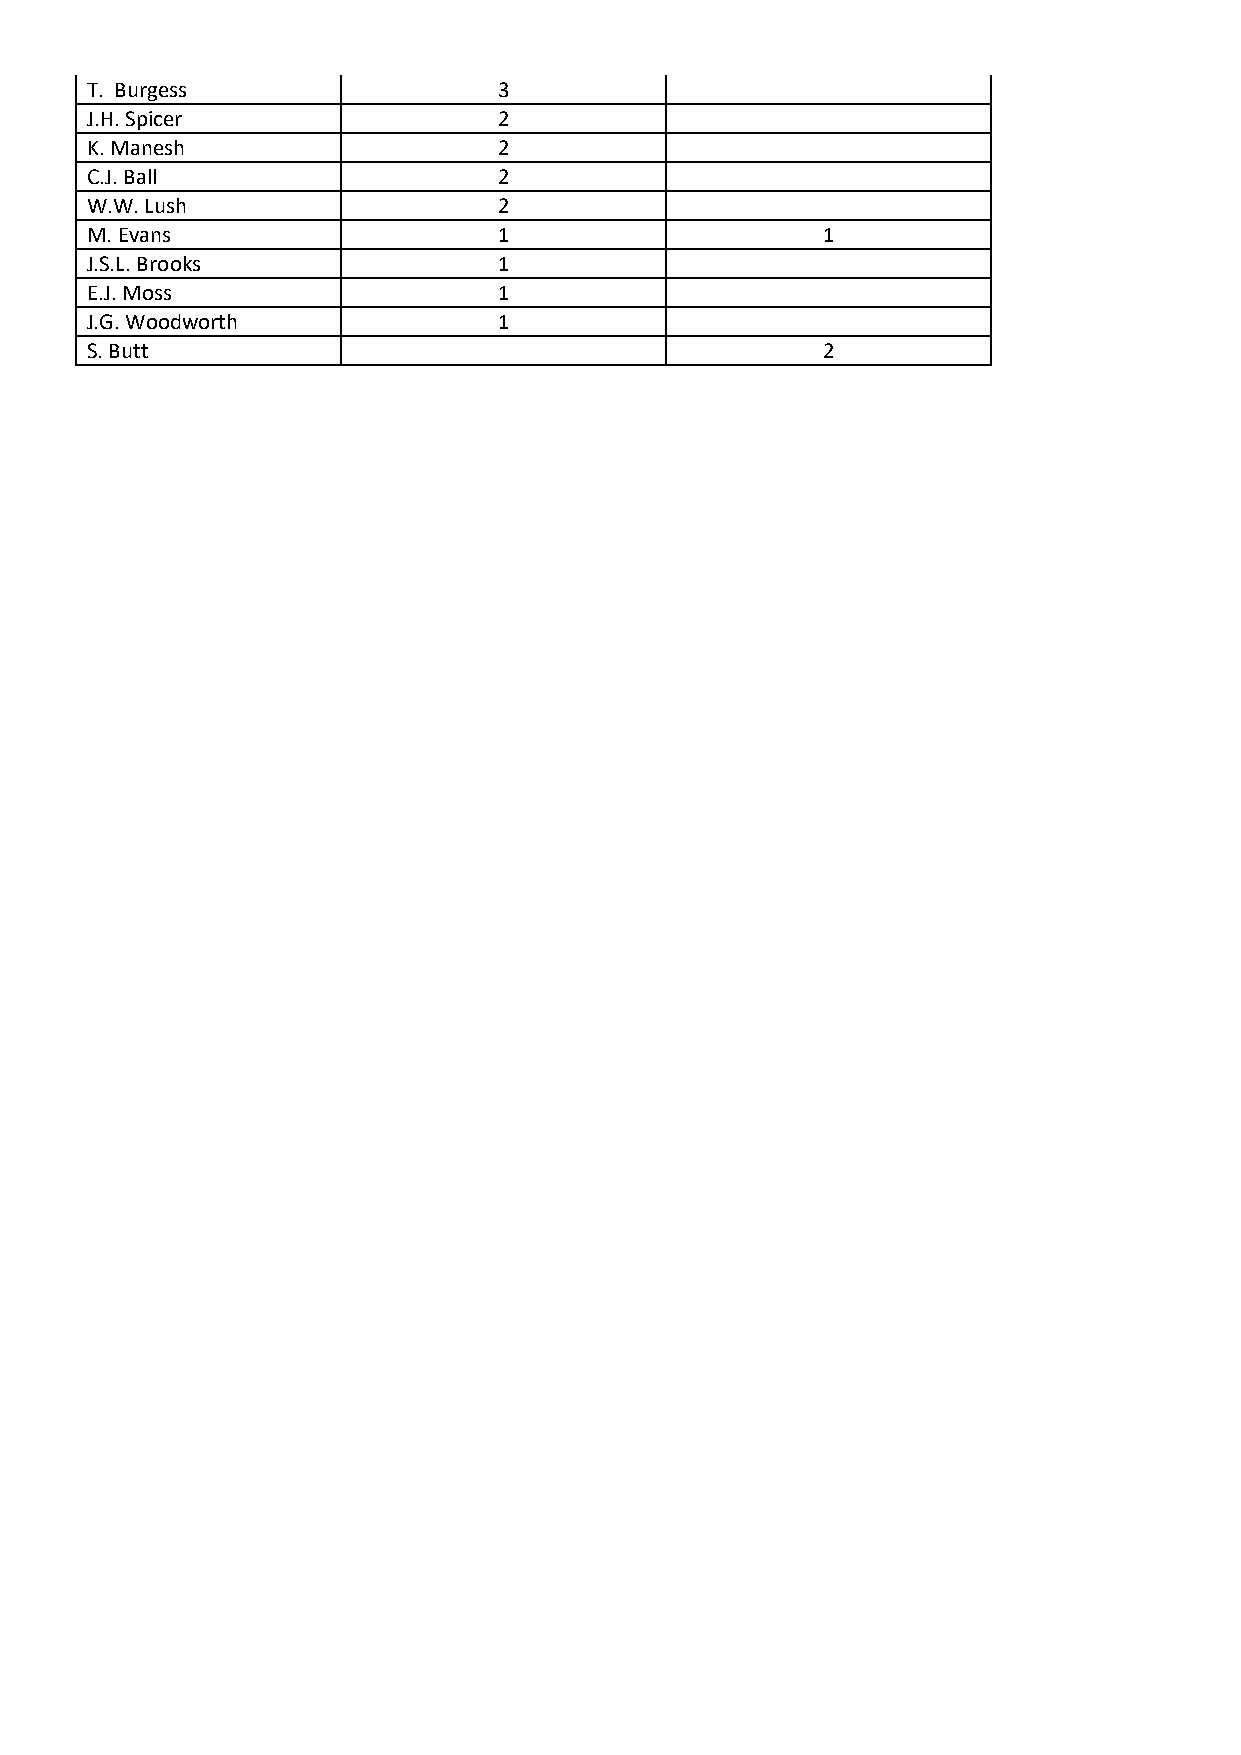
T. Burgess                 3
 J.H. Spicer                2
 K. Manesh                  2
 C.J. Ball                  2
 W.W. Lush                  2
 M. Evans                   1                    1
 J.S.L. Brooks              1
 E.J. Moss                  1
 J.G. Woodworth             1
 S. Butt                                         2